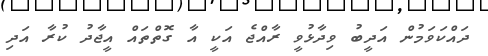
ދައްކަވަމުން އަދީބު ވިދާޅުވީ ރާއްޖެ އަކީ އާ ގޮތްތައް އީޖާދު ކުރާ އަދި